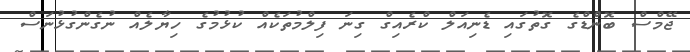
ޖޭމްސް ބޮންޑްގެ ގޮތުގައި ޑެނިއަލް ކްރެއިގް ގިނަ ފިލްމުތަކެއް ކުޅުމުގެ ހިޔާލެއް ނުގެންގުޅުނަސް